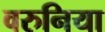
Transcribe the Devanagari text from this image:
वरुनिया